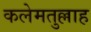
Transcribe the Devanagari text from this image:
कलेमतुल्लाह